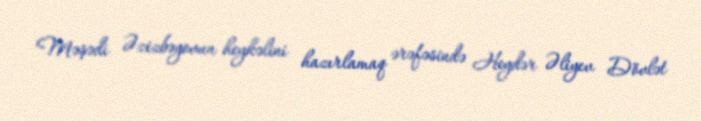
Məşədi Əzizbəyovun heykəlini hazırlamaq ərəfəsində Heydər Əliyev Dövlət